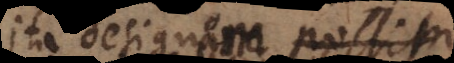
ita designare possim,